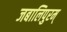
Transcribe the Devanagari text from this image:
जबालिपुरम्